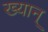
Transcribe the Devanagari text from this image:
ख्यान्